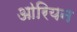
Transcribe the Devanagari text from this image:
आ॓रियन